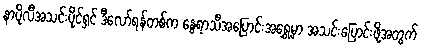
နာပိုလီအသင်းပိုင်ရှင် ဒီလော်ရန်တစ်က နွေရာသီအပြောင်းအရွှေ့မှာ အသင်းပြောင်းဖို့အတွက်